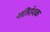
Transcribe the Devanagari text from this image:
गतिरोधक